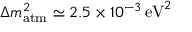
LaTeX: \Delta m _ { \mathrm { a t m } } ^ { 2 } \simeq 2 . 5 \times 1 0 ^ { - 3 } \, { \mathrm { e V } } ^ { 2 }